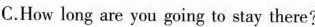
C.How long are you going to stay there?